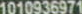
1010936971